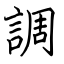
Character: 調